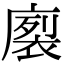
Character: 𭙻